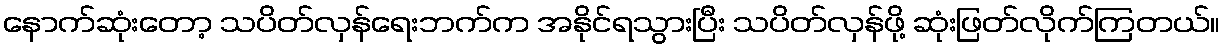
နောက်ဆုံးတော့ သပိတ်လှန်ရေးဘက်က အနိုင်ရသွားပြီး သပိတ်လှန်ဖို့ ဆုံးဖြတ်လိုက်ကြတယ်။